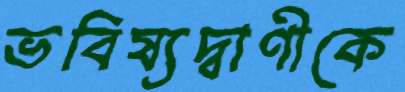
ভবিষ্যদ্বাণীকে